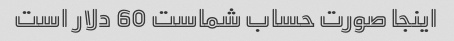
اینجا صورت حساب شماست 60 دلار است